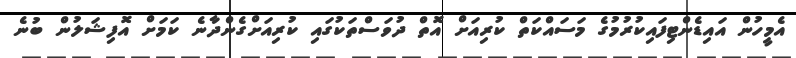
އެމީހުން އައިޑެންޓިފައިކުރުމުގެ މަސައްކަތް ކުރިއަށް އޮތް ދުވަސްތަކުގައި ކުރިއަށްގެންދާނެ ކަމަށް އޮފިޝަލުން ބުނެ